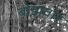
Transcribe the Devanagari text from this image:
बोझवार